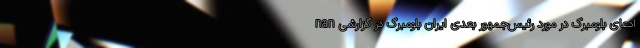
nan ادعای بلومبرگ در مورد رئیس‌جمهور بعدی ایران بلومبرگ در گزارشی